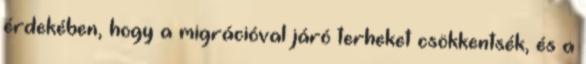
érdekében, hogy a migrációval járó terheket csökkentsék, és a